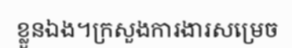
ខ្លួនឯង។ក្រសួងការងារសម្រេច